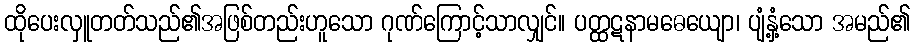
ထိုပေးလှူတတ်သည်၏အဖြစ်တည်းဟူသော ဂုဏ်ကြောင့်သာလျှင်။ ပတ္ထဋနာမဓေယျော၊ ပျံ့နှံ့သော အမည်၏